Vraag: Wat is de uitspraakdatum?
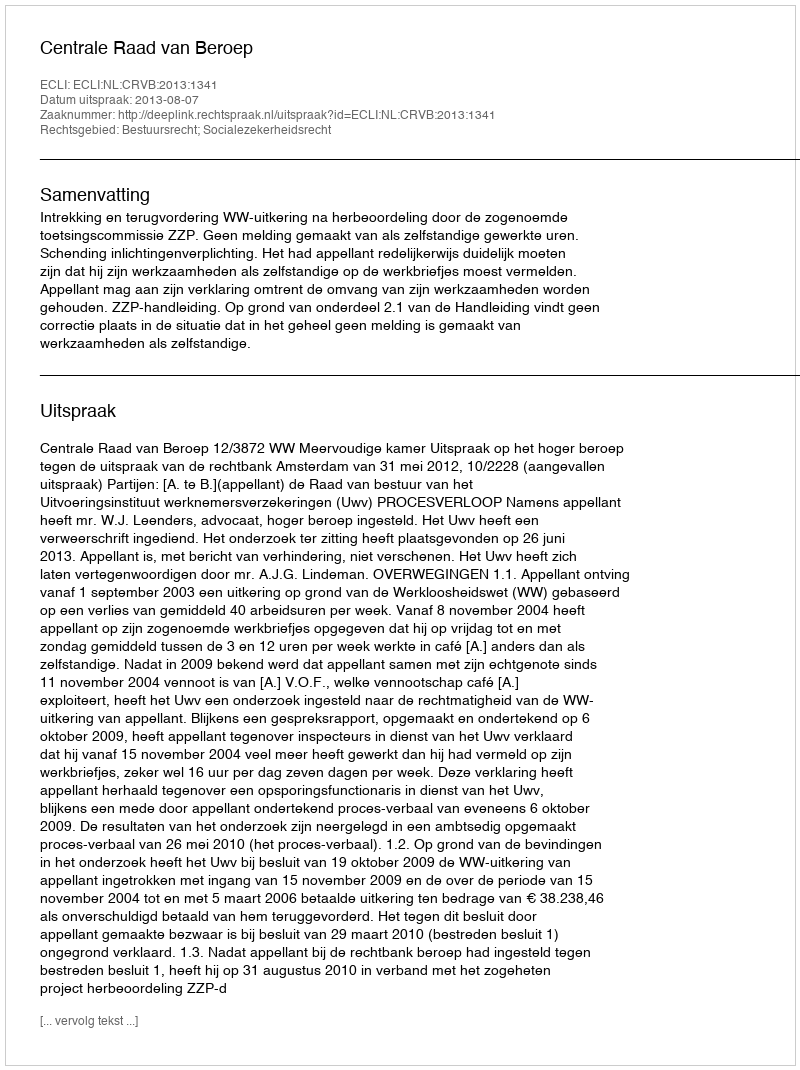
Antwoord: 2013-08-07